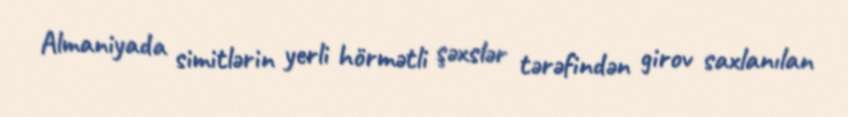
Almaniyada simitlərin yerli hörmətli şəxslər tərəfindən girov saxlanılan